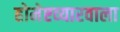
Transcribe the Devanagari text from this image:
होमेएव्‍यारवाला